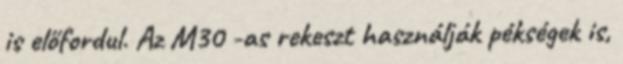
is előfordul. Az M30 -as rekeszt használják pékségek is,